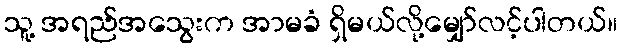
သူ့ အရည်အသွေးက အာမခံ ရှိမယ်လို့မျှော်လင့်ပါတယ်။